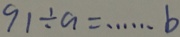
9 1 \div a = \cdots b